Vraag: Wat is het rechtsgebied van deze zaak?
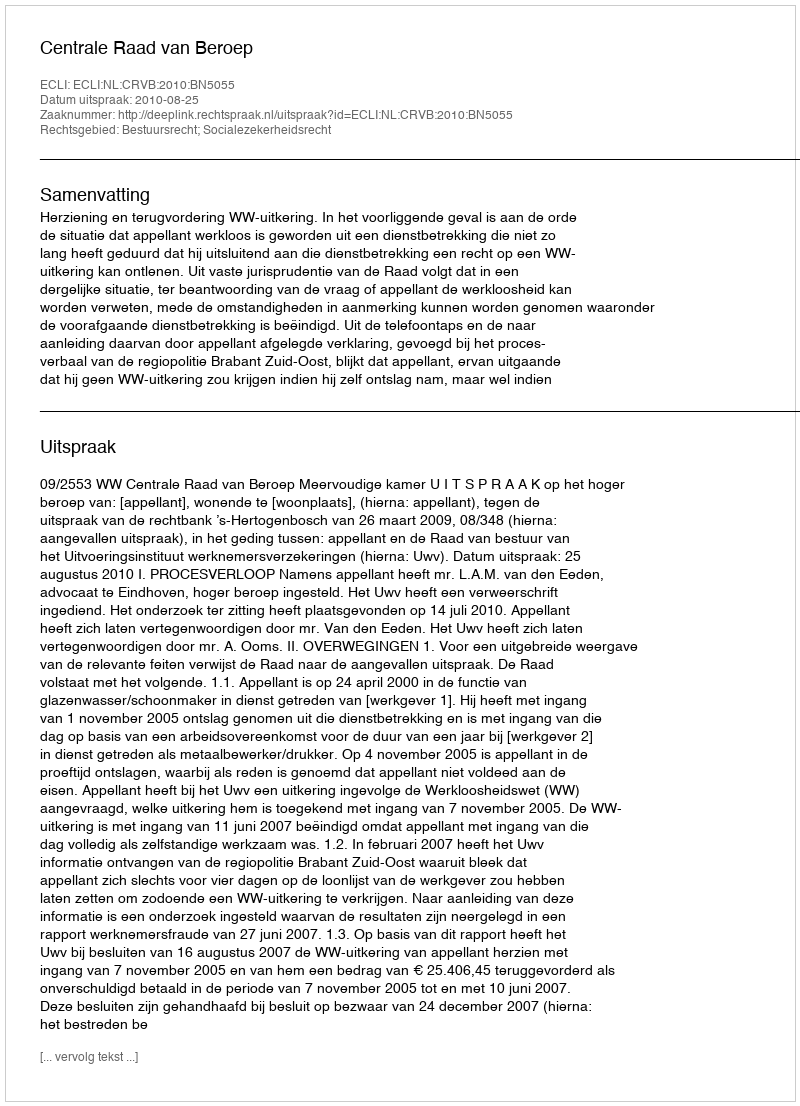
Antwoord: Bestuursrecht; Socialezekerheidsrecht